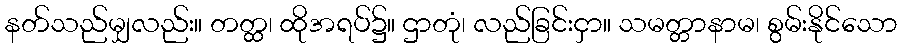
နတ်သည်မျှလည်း။ တတ္ထ၊ ထိုအရပ်၌။ ဌာတုံ၊ လည်ခြင်းငှာ။ သမတ္တာနာမ၊ စွမ်းနိုင်သော